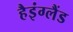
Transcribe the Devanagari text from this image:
हैइंग्लैंड